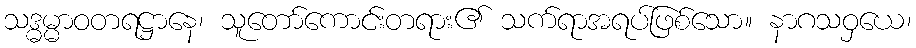
သဒ္ဓမ္မာဝတရဋ္ဌာနေ၊ သူတော်ကောင်းတရား၏ သက်ရာအရပ်ဖြစ်သော။ နာဂသဝှယေ၊